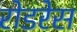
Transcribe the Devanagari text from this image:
रोडरेस